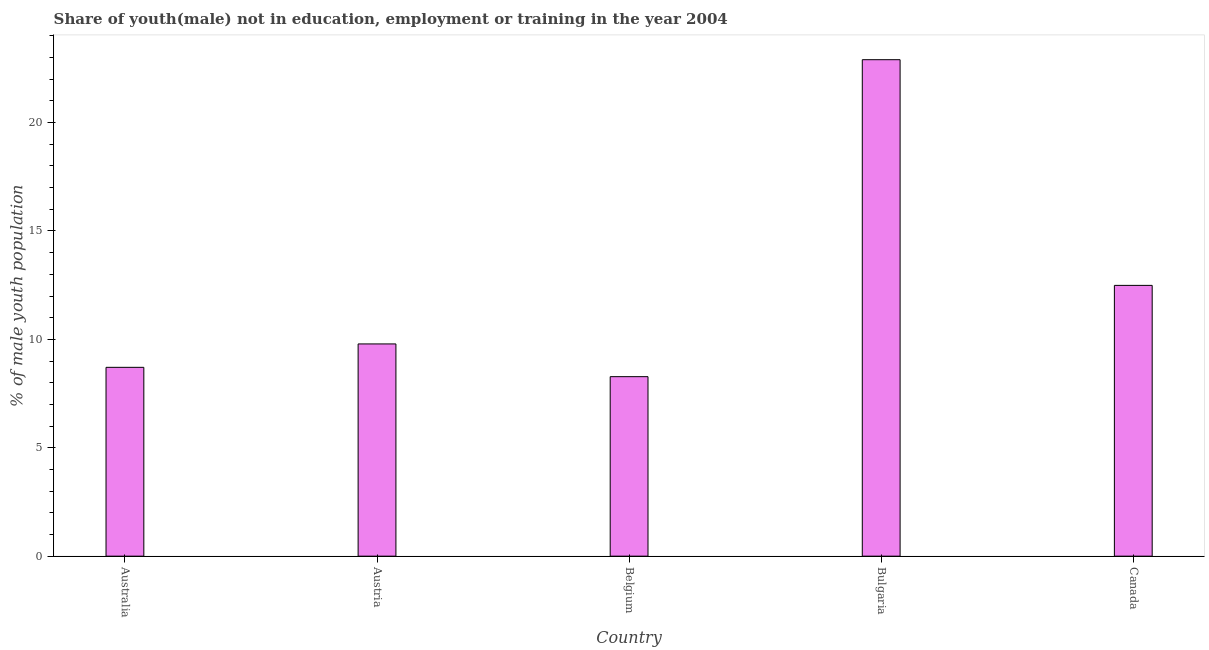
| Country | Unemployed(male) |
 | --- | --- |
 | Australia | 8.71 |
 | Austria | 9.79 |
 | Belgium | 8.28 |
 | Bulgaria | 22.9 |
 | Canada | 12.5 |